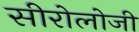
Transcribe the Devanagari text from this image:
सीरोलोजी